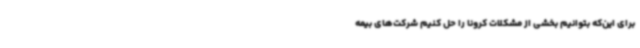
برای این‌که بتوانیم بخشی از مشکلات کرونا را حل کنیم شرکت‌های بیمه